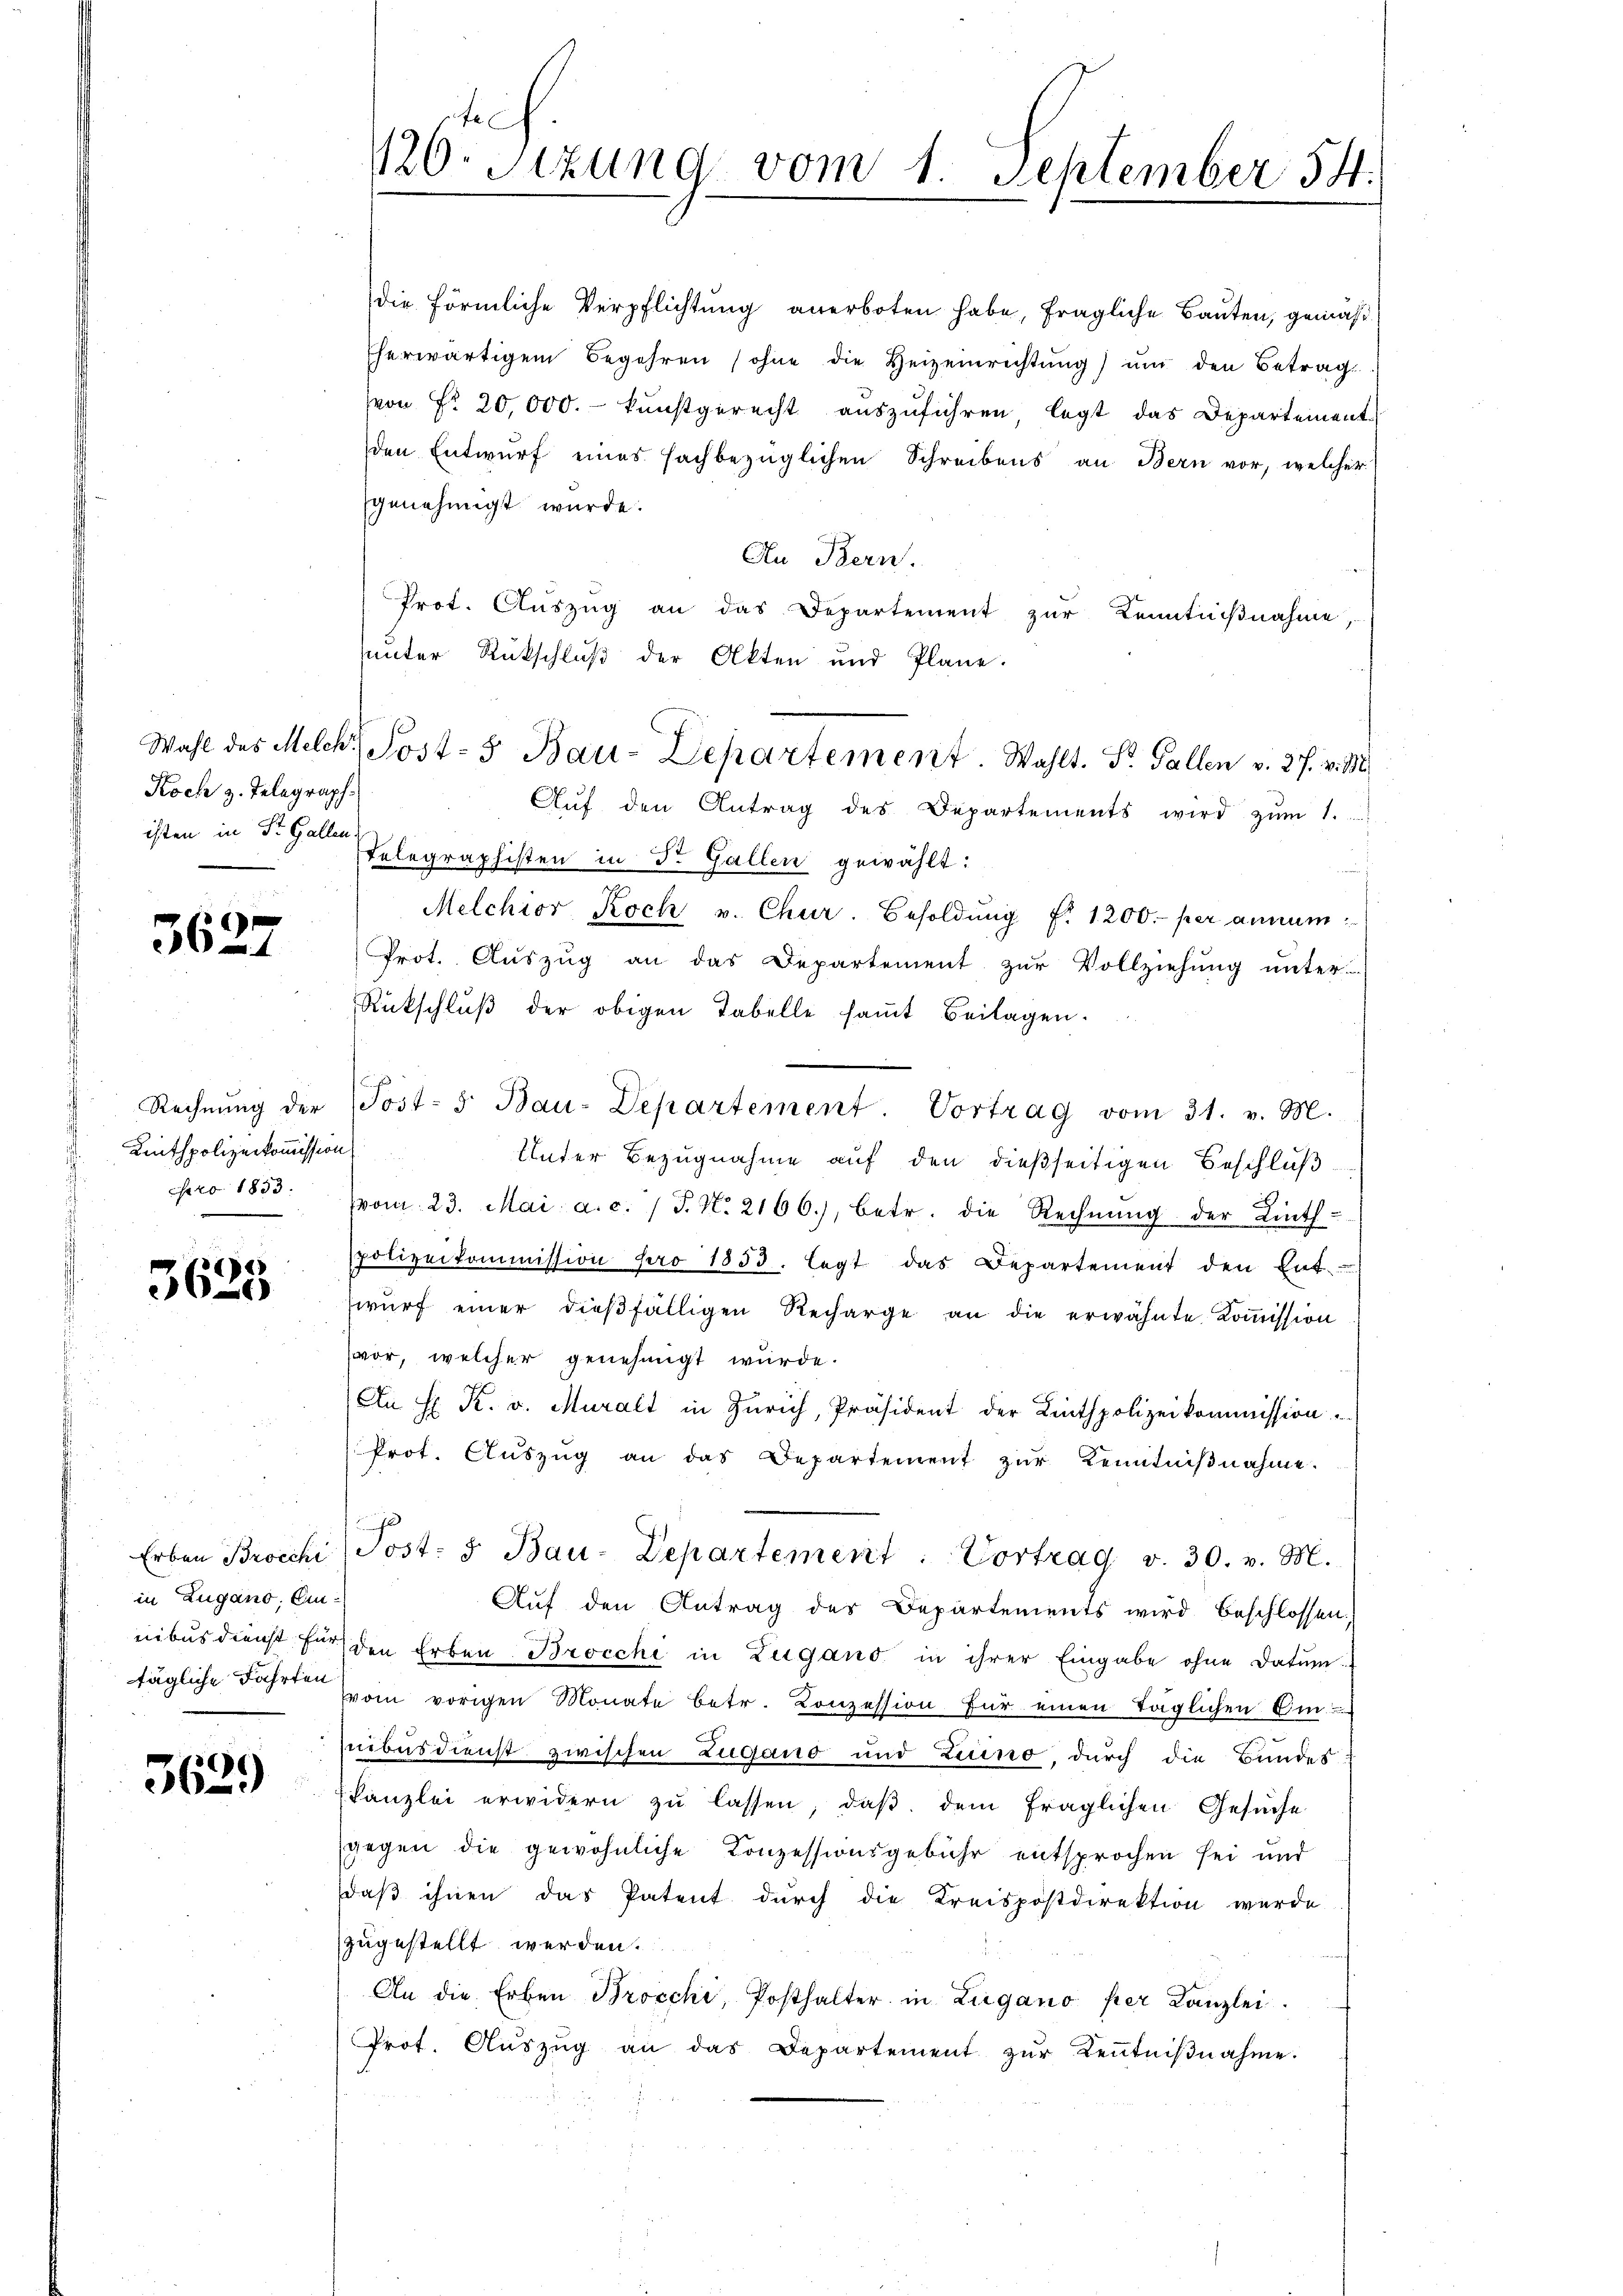
Koch z. Telegraph
isten in St. Gallen

5627

Linthpolizeikommission
pro 1833.

4)
360

in Zugano, Ein

C
36-

1120. Sitzung vom 1. September 14.

die förmliche Verpflichtung anerboten habe, fragliche Bauten, gemäß
Eherwärtigem Begehren (ohne die Heizeinrichtŭng ŭm den Betrag
von Fr. 20,000.- kunstgerecht aŭszŭführen, legt das Departement
den Entwurf eines sachbezüglichen Schreibens an Bern vor, welcher
genehmigt wurde.
An Bern.
Prot. Aŭszŭg an das Departement zŭr Kenntnißnahme,
unter Rückschluß der Akten und Pläne.
Aŭf den Antrag des Departements wird zŭm 1.
Telegraphisten in d. Gallen gewählt:
Melchior Koch v. Chur. Besoldŭng f. 1200.- per annum
Prot. Auszug an das Departement zur Vollziehung unter-
Rückschlŭβ der obigen Tabelle saṁt Beilagen.
Rechnŭng der Post- 5 Bau-Departement Vortrag vom 31. v. M.
Unter Bezugnahme auf den dießseitigen Beschluß
vom 23. Mai a.c. (T. N. 2166), betr. die Rechnŭng der Linth-
polizeikommission pro 1853. legt das Departement den Ent-
wŭrf einer dießfälligen Recharge an die erwähnte Koṁission
vor, welcher genehmigt wurde.
An H. R. v. Muralt in Zürich, Präsident der Linthpolizeikommission.
Prot. Aŭszŭg an das Departement zŭr Kenntniβnahme.
f
Erben Brocchi (Post: 5. Bau-Departement. Vortrag v. 30. v. M.
Auf den Antrag des Departements wird beschlossen:
nibus dienst für den Erben Brocchi in Zugano in ihrer Eingabe ohne Datum.
tägliche Fahrt vom vorigen Monate betr. Konzession für einen täglichen Em-
nibus dienst zwischen Zugano und Luino, durch die Bundes
kanzlei erwidern zŭ lassen, daβ dem fraglichen Gesŭche
gegen die gewöhnliche Conzessionsgebühr entsprochen sei und
daβ ihnen das Patent dŭrch die Kreispostdirektion werde
zugestellt werden.
An die Erben Brocchi, Posthalter in Lugano per Kanzlei.
Prot. Aŭszŭg an das Departement zŭr Kenntniβnahme.

Wahl des Melche Post-5 Bau-Departement. Wahlt. P. Gallen v. 27. v. M.